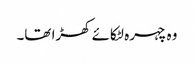
وہ چہرہ لٹکائے کھڑا تھا۔